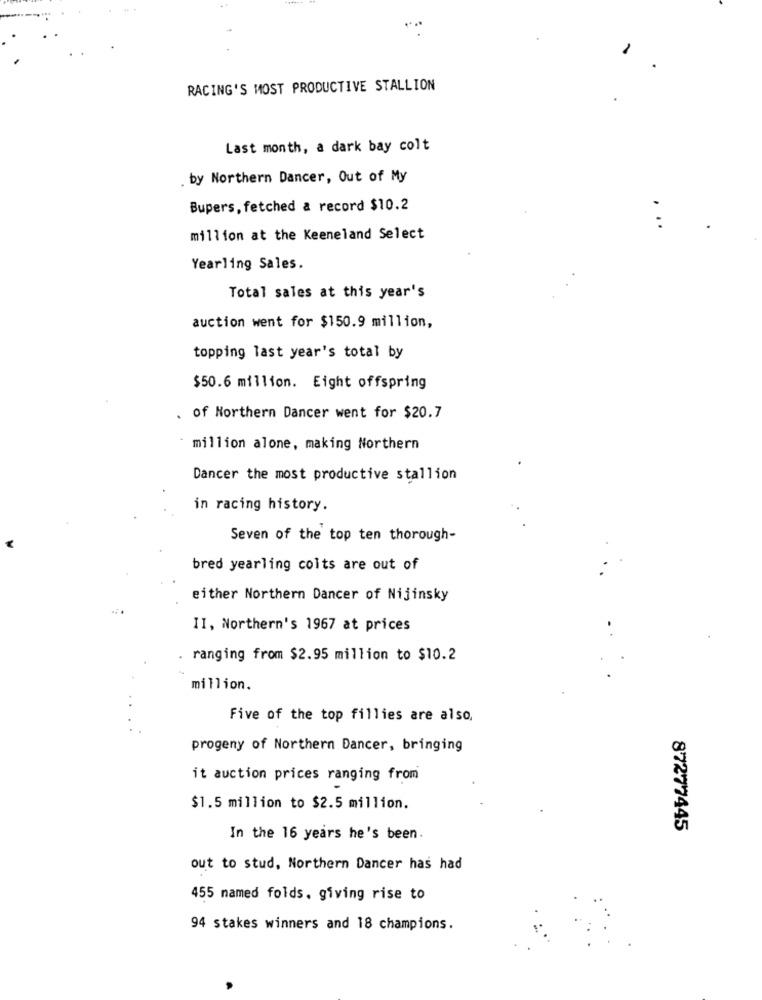
RACING'S MOST PRODUCTIVE STALLION
Last month, a dark bay colt
. by Northern Dancer, Out of My
Bupers, fetched & record $10.2
:
million at the Keeneland Select
Yearling Sales.
Total sales at this year's
auction went for $150.9 million,
topping last year's total by
$50.6 million. Eight offspring
of Northern Dancer went for $20.7
million alone, making Northern
Dancer the most productive stallion
in racing history.
Seven of the top ten thorough-
bred yearling colts are out of
either Northern Dancer of Nijinsky
II, Northern's 1967 at prices
ranging from $2.95 million to $10.2
million.
Five of the top fillies are also,
progeny of Northern Dancer, bringing
it auction prices ranging from
$1.5 million to $2.5 million.
87277445
In the 16 years he's been.
out to stud, Northern Dancer has had
455 named folds. giving rise to
94 stakes winners and 18 champions.